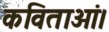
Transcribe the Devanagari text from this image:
कविताओं।